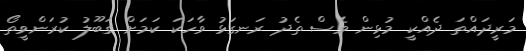
މަރީދައްތަ ދެއްކީ މުޅިން ވެސް ތެދު ރަނގަޅު ވާހަކަ ކަމަށް ގަބޫލު ކުރަންވީތޯ